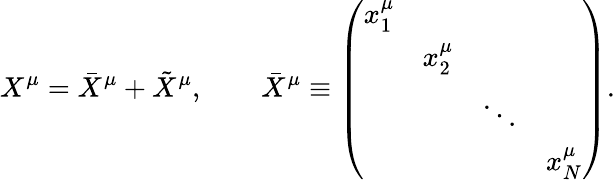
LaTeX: X^{\mu}=\bar{X}^{\mu}+\tilde{X}^{\mu},\qquad\bar{X}^{\mu}\equiv\left(\begin{array}{llll}{{x_{1}^{\mu}}}&{{}}&{{}}&{{}}\\ {{}}&{{x_{2}^{\mu}}}&{{}}&{{}}\\ {{}}&{{}}&{{\ddots}}&{{}}\\ {{}}&{{}}&{{}}&{{x_{N}^{\mu}}}\end{array}\right).